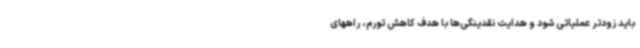
باید زودتر عملیاتی شود و هدایت نقدینگی‌ها با هدف کاهش تورم، راههای